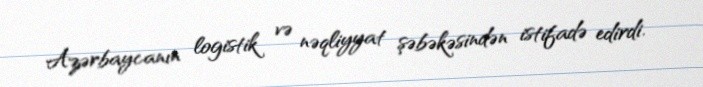
Azərbaycanın logistik və nəqliyyat şəbəkəsindən istifadə edirdi.